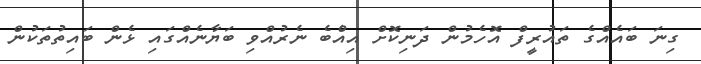
ގިނަ ބައެއްގެ ތައުރީފް އޮހެމުން ދަނިކޮށް އިއްެބެ ނެރުއްވި ބަޔާނެއްގައި ޅެން ބައިތުތަކުން